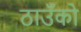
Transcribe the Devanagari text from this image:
ठाउँको